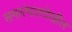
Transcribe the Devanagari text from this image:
समारंभातदेखील